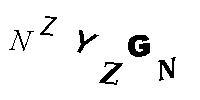
NZYZGN